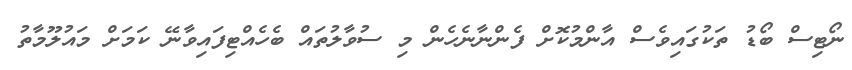
ނޯޓިސް ބޯޑު ތަކުގައިވެސް އާންމުކޮށް ފެންނާނެހެން މި ސުވާލުތައް ބެހެއްޓިފައިވާނޭ ކަމަށް މައުލޫމާތު